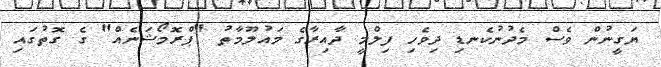
ޔަގީނުން ވެސް މެދުނުކެނޑި ދިވެހި ފިލްމީ ދާއިރާގެ މައުލޫމާތު "ޕްރޮމޯޝަނެއް" ގެ ގޮތުގައި